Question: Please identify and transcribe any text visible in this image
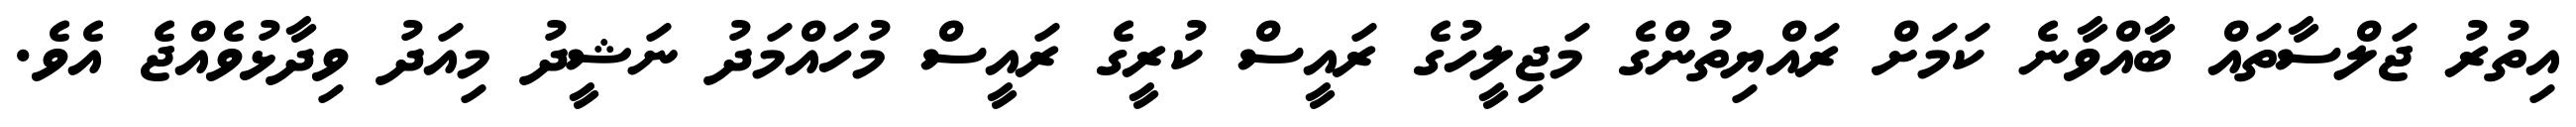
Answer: އިތުރު ޖަލްސާތައް ބާއްވާނެ ކަމަށް ރައްޔިތުންގެ މަޖިލީހުގެ ރައީސް ކުރީގެ ރައީސް މުހައްމަދު ނަޝީދު މިއަދު ވިދާޅުވެއްޖެ އެވެ.